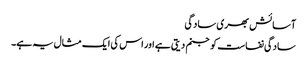
آسائش بھری سادگی
سادگی نفاست کو جنم دیتی ہے اور اس کی ایک مثال یہ ہے۔